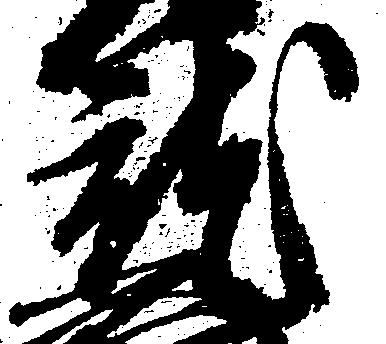
就